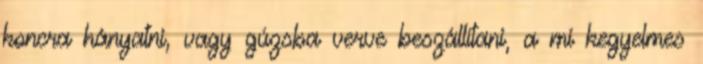
koncra hányatni, vagy gúzsba verve beszállítani, a mi kegyelmes